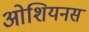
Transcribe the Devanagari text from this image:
ओशियनस